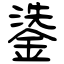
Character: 鍌